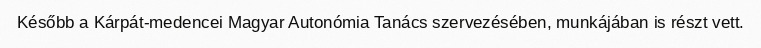
Később a Kárpát-medencei Magyar Autonómia Tanács szervezésében, munkájában is részt vett.